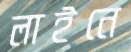
লাইনে